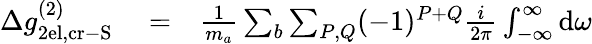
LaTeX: \begin{array}{rlr}{\Delta g_{\mathrm{2el,cr-S}}^{(2)}}&{{}=}&{\frac{1}{m_{a}}\sum_{b}\sum_{P,Q}(-1)^{P+Q}\frac{i}{2\pi}\int_{-\infty}^{\infty}\mathrm{d}\omega}\end{array}